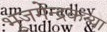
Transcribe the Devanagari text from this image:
भूजगेन्द्रकन्या